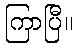
ကြာပြီ။